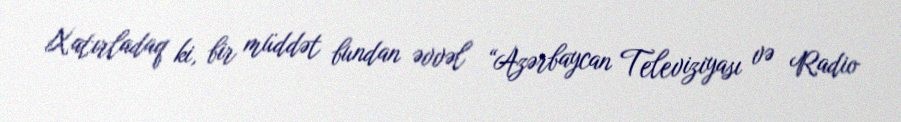
Xatırladaq ki, bir müddət bundan əvvəl “Azərbaycan Televiziyası və Radio